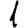
Digit: 1